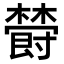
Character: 𣝪